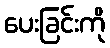
ပေးခြင်းကို